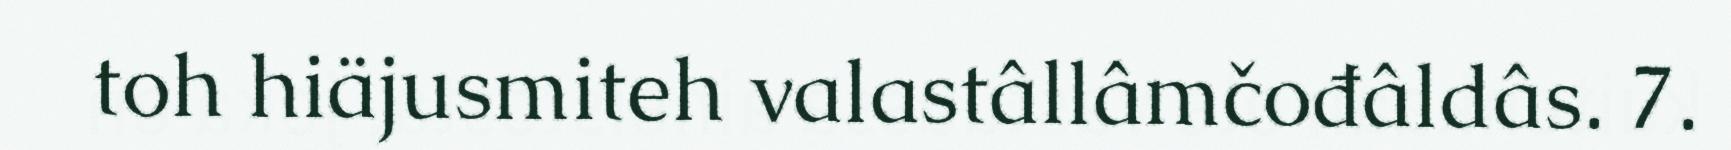
toh hiäjusmiteh valastâllâmčođâldâs. 7.